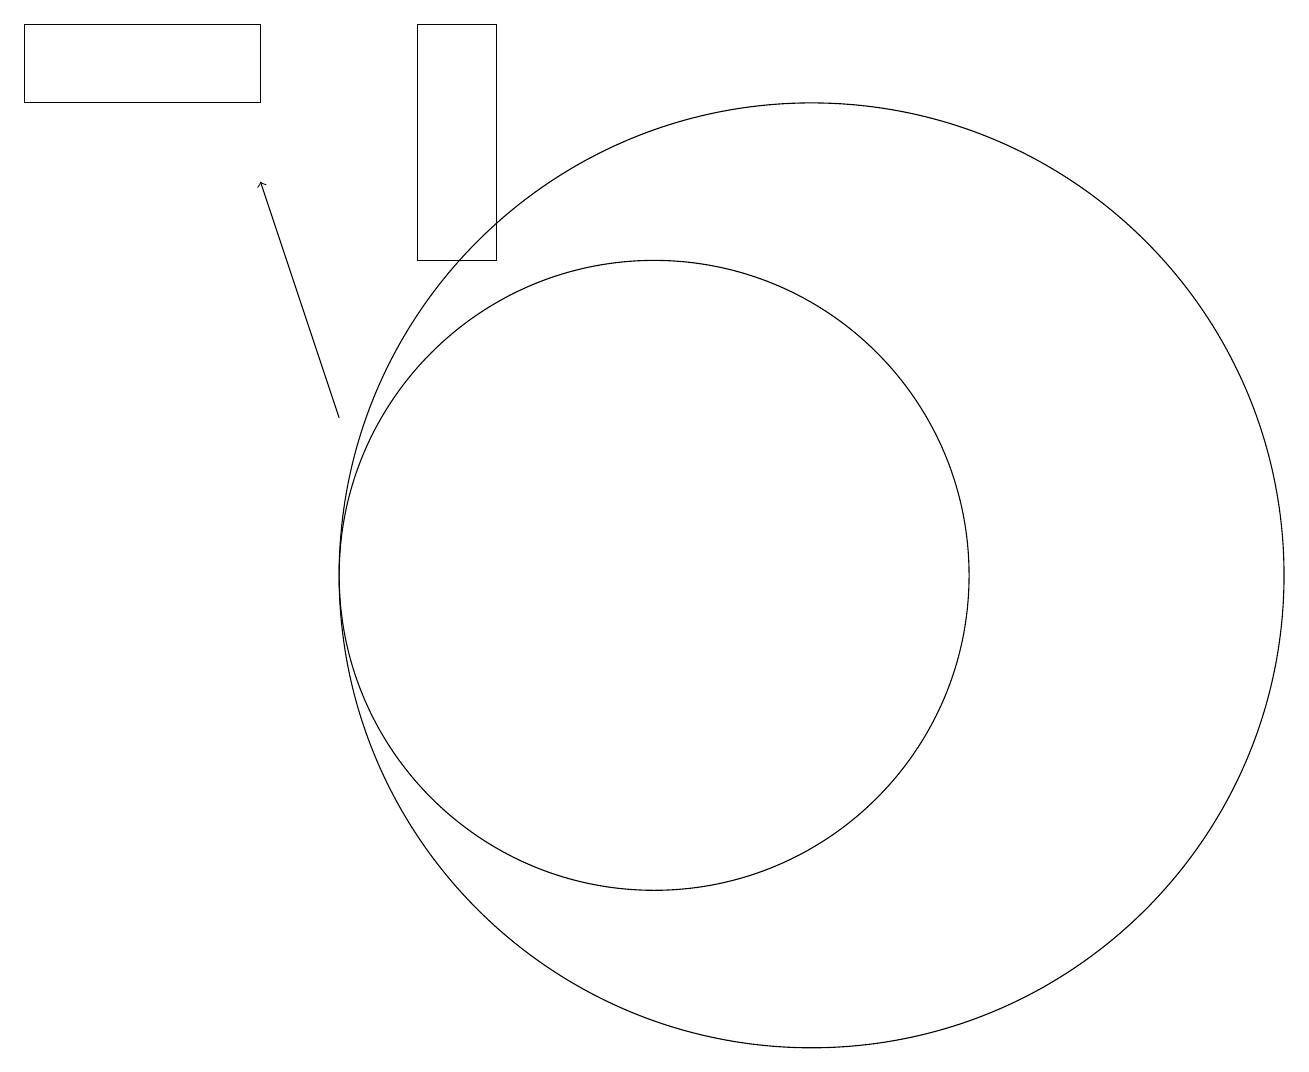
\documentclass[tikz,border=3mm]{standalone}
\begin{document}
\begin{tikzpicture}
\draw (5,17) rectangle (2,16);
\draw (12,10) circle (6);
\draw (10,10) circle (4);
\draw[->] (6,12) -- (5,15);
\draw (8,14) rectangle (7,17);
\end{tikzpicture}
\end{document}